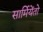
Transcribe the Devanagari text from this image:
सार्मियेंतो